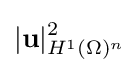
|\mathbf {u} |_{H^{1}(\Omega )^{n}}^{2}